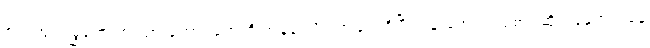
စပါးအုံးမြွေတွေဟာ သားကောင်တွေကို အနံ့ခံ လိုက်ရှာလေ့ရှိပြီး ပုန်းအောင်း စောင့်ဆိုင်းနေရာကနေ